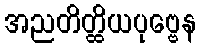
အညတိတ္ထိယပုဗ္ဗေန